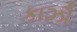
કાઝૌ